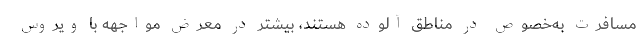
مسافرت به‌خصوص در مناطق آلوده هستند، بیشتر در معرض مواجهه با ویروس